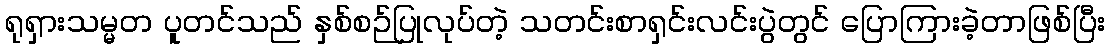
ရုရှားသမ္မတ ပူတင်သည် နှစ်စဉ်ပြုလုပ်တဲ့ သတင်းစာရှင်းလင်းပွဲတွင် ပြောကြားခဲ့တာဖြစ်ပြီး